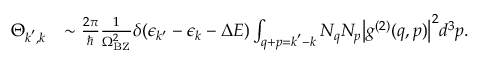
\begin{array} { r l } { \Theta _ { \boldsymbol { k } ^ { \prime } , \boldsymbol { k } } } & { \sim \frac { 2 \pi } { \hbar } \frac { 1 } { \Omega _ { \mathrm { B Z } } ^ { 2 } } \delta ( \epsilon _ { k ^ { \prime } } - \epsilon _ { k } - \Delta E ) \int _ { \boldsymbol { q } + \boldsymbol { p } = \boldsymbol { k } ^ { \prime } - \boldsymbol { k } } N _ { q } N _ { p } \big | g ^ { ( 2 ) } ( \boldsymbol { q } , \boldsymbol { p } ) \big | ^ { 2 } d ^ { 3 } \boldsymbol { p } . } \end{array}